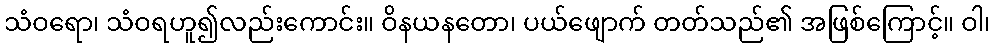
သံဝရော၊ သံဝရဟူ၍လည်းကောင်း။ ဝိနယနတော၊ ပယ်ဖျောက် တတ်သည်၏ အဖြစ်ကြောင့်။ ဝါ၊